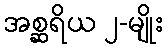
အစ္ဆရိယ ၂-မျိုး